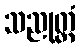
သညုတ္တံ